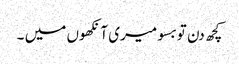
کچھ دن تو بسو میری آنکھوں میں ۔